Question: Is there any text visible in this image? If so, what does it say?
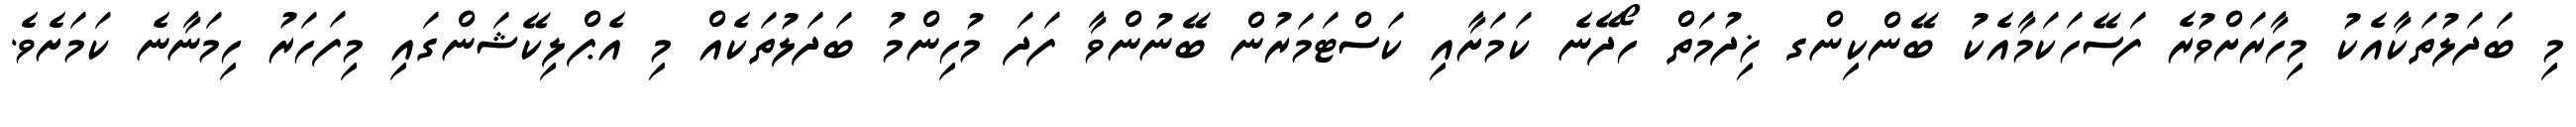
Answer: މި ބަދަލުތަކާއެކު މިހާރަށްވުރެ ފަސޭހަކަމާއެކު ބޭންކިންގ ޚިދުމަތް ހޯދޭނެ ކަމަށާއި ކަސްޓަމަރުން ބޭނުންވާ ފަދަ މުހިންމު ބަދަލުތަކެއް މި އެޕްލިކޭޝަންގައި މިފަހަރު ހިމަނާނެ ކަމަށެވެ.